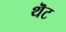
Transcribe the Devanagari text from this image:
थॆट